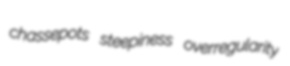
chassepots steepiness overregularity